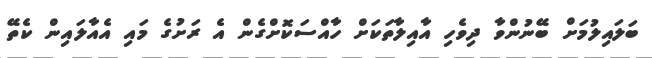
ބަލައިލުމަށް ބޭނުންވާ ދިވެހި އާއިލާތަކަށް ހާއްސަކޮށްގެން އެ ރަށުގެ މައި އެއާލައިން ކެތޭ